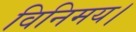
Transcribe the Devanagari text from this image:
विनिमय।